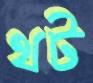
থট